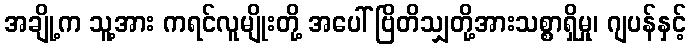
အချို့က သူ့အား ကရင်လူမျိုးတို့ အပေါ် ဗြိတိသျှတို့အားသစ္စာရှိမှု၊ ဂျပန်နှင့်